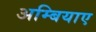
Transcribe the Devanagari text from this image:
अम्बियाए